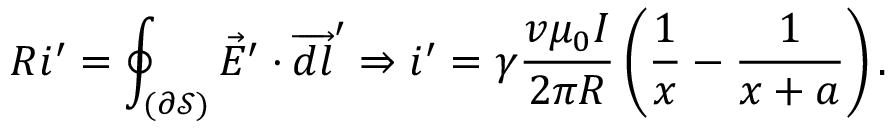
R i ^ { \prime } = \oint _ { ( \partial \mathcal { S } ) } \Vec { E } ^ { \prime } \cdot \overrightarrow { d l } ^ { \prime } \Rightarrow i ^ { \prime } = \gamma \frac { v \mu _ { 0 } I } { 2 \pi R } \left( \frac { 1 } { x } - \frac { 1 } { x + a } \right) .